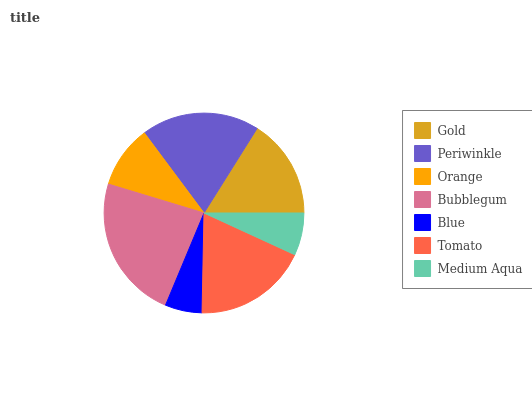
| Gold | Periwinkle | Orange | Bubblegum | Blue | Tomato | Medium Aqua |
 | --- | --- | --- | --- | --- | --- | --- |
 | 16.1% | 19.1% | 10.1% | 23.4% | 5.98% | 18.5% | 6.86% |